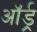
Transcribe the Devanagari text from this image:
ऑर्ड्र